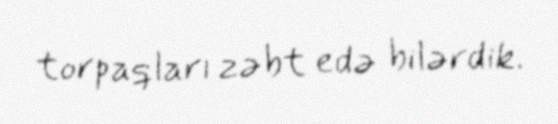
torpaqları zəbt edə bilərdik.